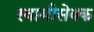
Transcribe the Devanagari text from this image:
स्वामीसेवक